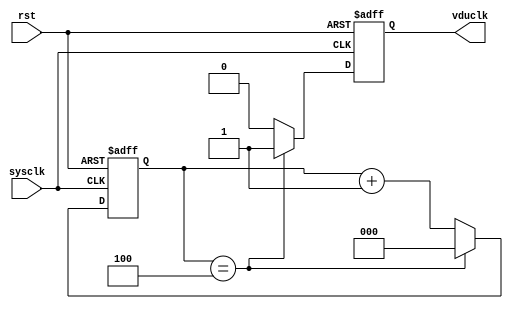
`timescale 1ns / 1ps
//////////////////////////////////////////////////////////////////////////////////
// Company: 
// Engineer: 
// 
// Design Name: 
// Module Name:    GenVduClock 
// Project Name: 
// Target Devices: 
// Tool versions: 
// Description: 
//
// Dependencies: 
//
// Revision: 
// Revision 0.01 - File Created
// Additional Comments: 
//
//////////////////////////////////////////////////////////////////////////////////
module GenVduClock(
    input sysclk,
    input rst,
    output reg vduclk
    ); 

reg [2:0] clockdiv;

always @(posedge sysclk or posedge rst)
begin
	if(rst)
	begin
		clockdiv <= 3'd0;
		vduclk   <= 1'b0;
	end
	else
	begin
		if(clockdiv == 3'd4)
		begin
			clockdiv <=3'b0;
			vduclk   <=1'b1;
		end
		else
		begin
			clockdiv <= clockdiv + 1;
			vduclk   <= 1'b0;
		end
	end
end


endmodule